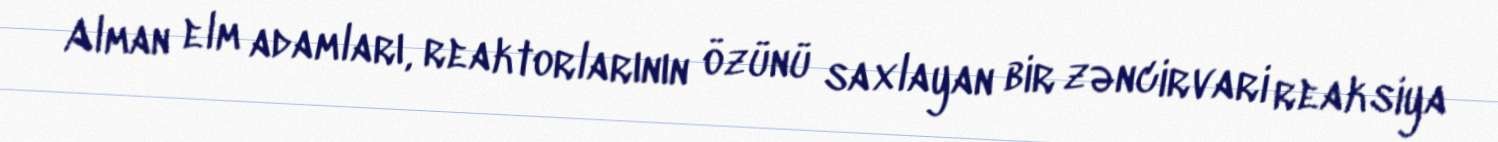
Alman elm adamları, reaktorlarının özünü saxlayan bir zəncirvari reaksiya